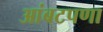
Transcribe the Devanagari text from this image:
आंबटपणा